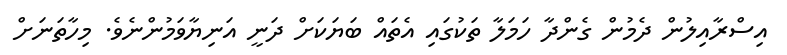
އިސްރާއިލުން ދެމުން ގެންދާ ހަމަލާ ތަކުގައި އެތައް ބަޔަކަށް ދަނީ އަނިޔާވަމުންނެވެ. މިހާތަނަށް